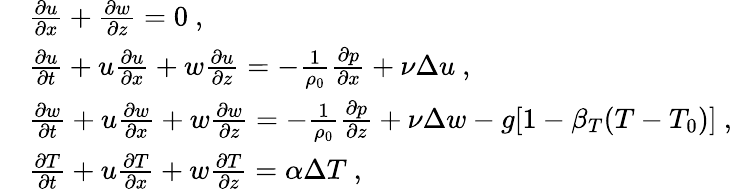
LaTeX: \begin{array}{rl}&{\frac{\partial u}{\partial x}+\frac{\partial w}{\partial z}=0~,}\\ &{\frac{\partial u}{\partial t}+u\frac{\partial u}{\partial x}+w\frac{\partial u}{\partial z}=-\frac{1}{\rho_{0}}\frac{\partial p}{\partial x}+\nu\Delta u~,}\\ &{\frac{\partial w}{\partial t}+u\frac{\partial w}{\partial x}+w\frac{\partial w}{\partial z}=-\frac{1}{\rho_{0}}\frac{\partial p}{\partial z}+\nu\Delta w-g[1-\beta_{T}(T-T_{0})]~,}\\ &{\frac{\partial T}{\partial t}+u\frac{\partial T}{\partial x}+w\frac{\partial T}{\partial z}=\alpha\Delta T~,}\end{array}